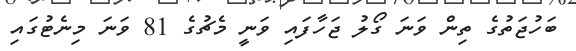
ބަހުޖަތުގެ ތިން ވަނަ ގޯލު ޖަހާފައި ވަނީ މެޗުގެ 81 ވަނަ މިނެޓުގައި